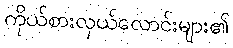
ကိုယ်စားလှယ်လောင်းများ၏